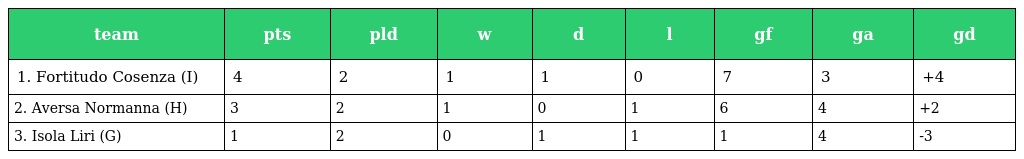
| team | pts | pld | w | d | l | gf | ga | gd |
 | --- | --- | --- | --- | --- | --- | --- | --- | --- |
 | 1. Fortitudo Cosenza (I) | 4 | 2 | 1 | 1 | 0 | 7 | 3 | +4 |
 | 2. Aversa Normanna (H) | 3 | 2 | 1 | 0 | 1 | 6 | 4 | +2 |
 | 3. Isola Liri (G) | 1 | 2 | 0 | 1 | 1 | 1 | 4 | -3 |